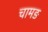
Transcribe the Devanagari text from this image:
चामङ